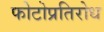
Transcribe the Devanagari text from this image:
फोटोप्रतिरोध